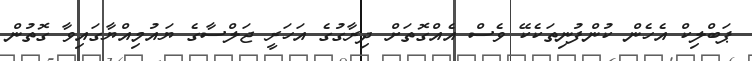
ޕަބްލިކް އެހެން ކުންފުނިތަކެކޭ ވެސް އެއްގޮތަށް ދިރާގުގެ އަހަރީ ޖަލްސާގެ ޔައުމިއްޔާގައިވާ ގޮތުން